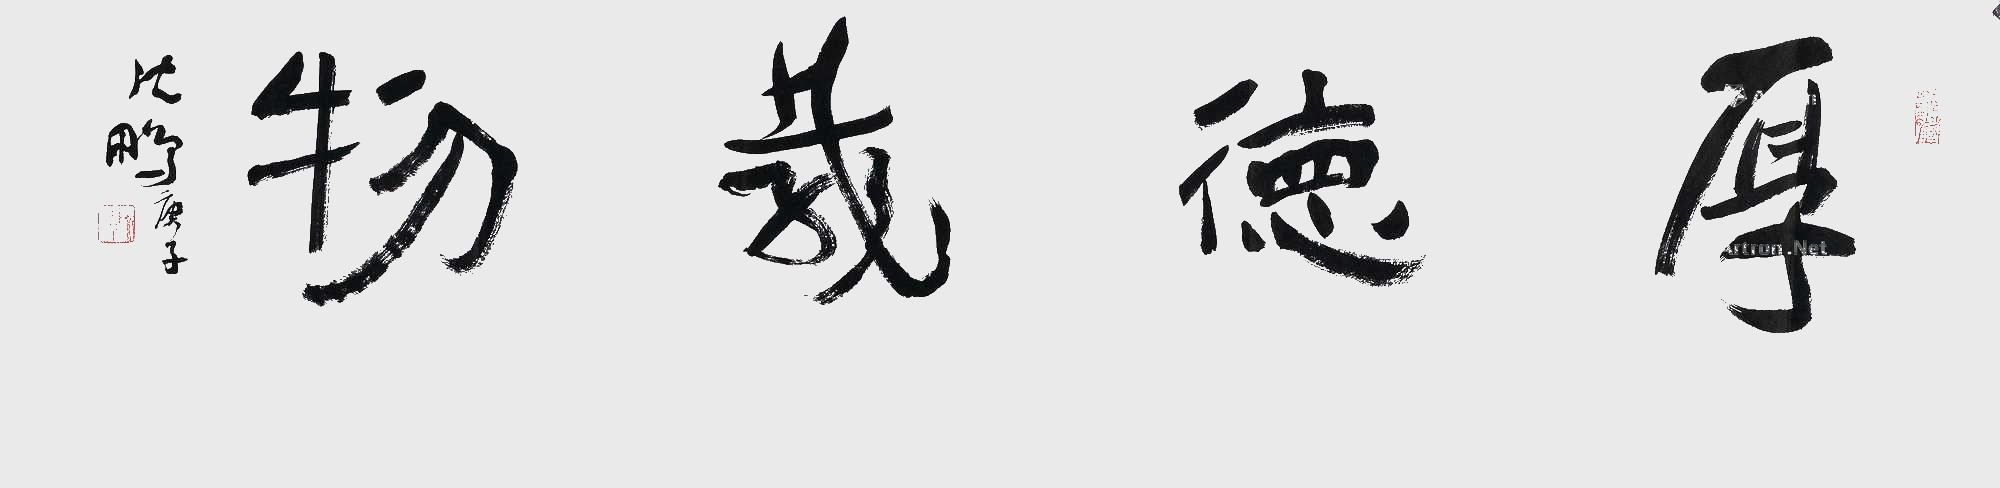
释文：厚德载物。沈鹏，庚子。